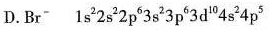
D.Br^{-} 1s^{2}2s^{2}2p^{6}3s^{2}3p^{6}3d^{10}4s^{2}4p^{5}